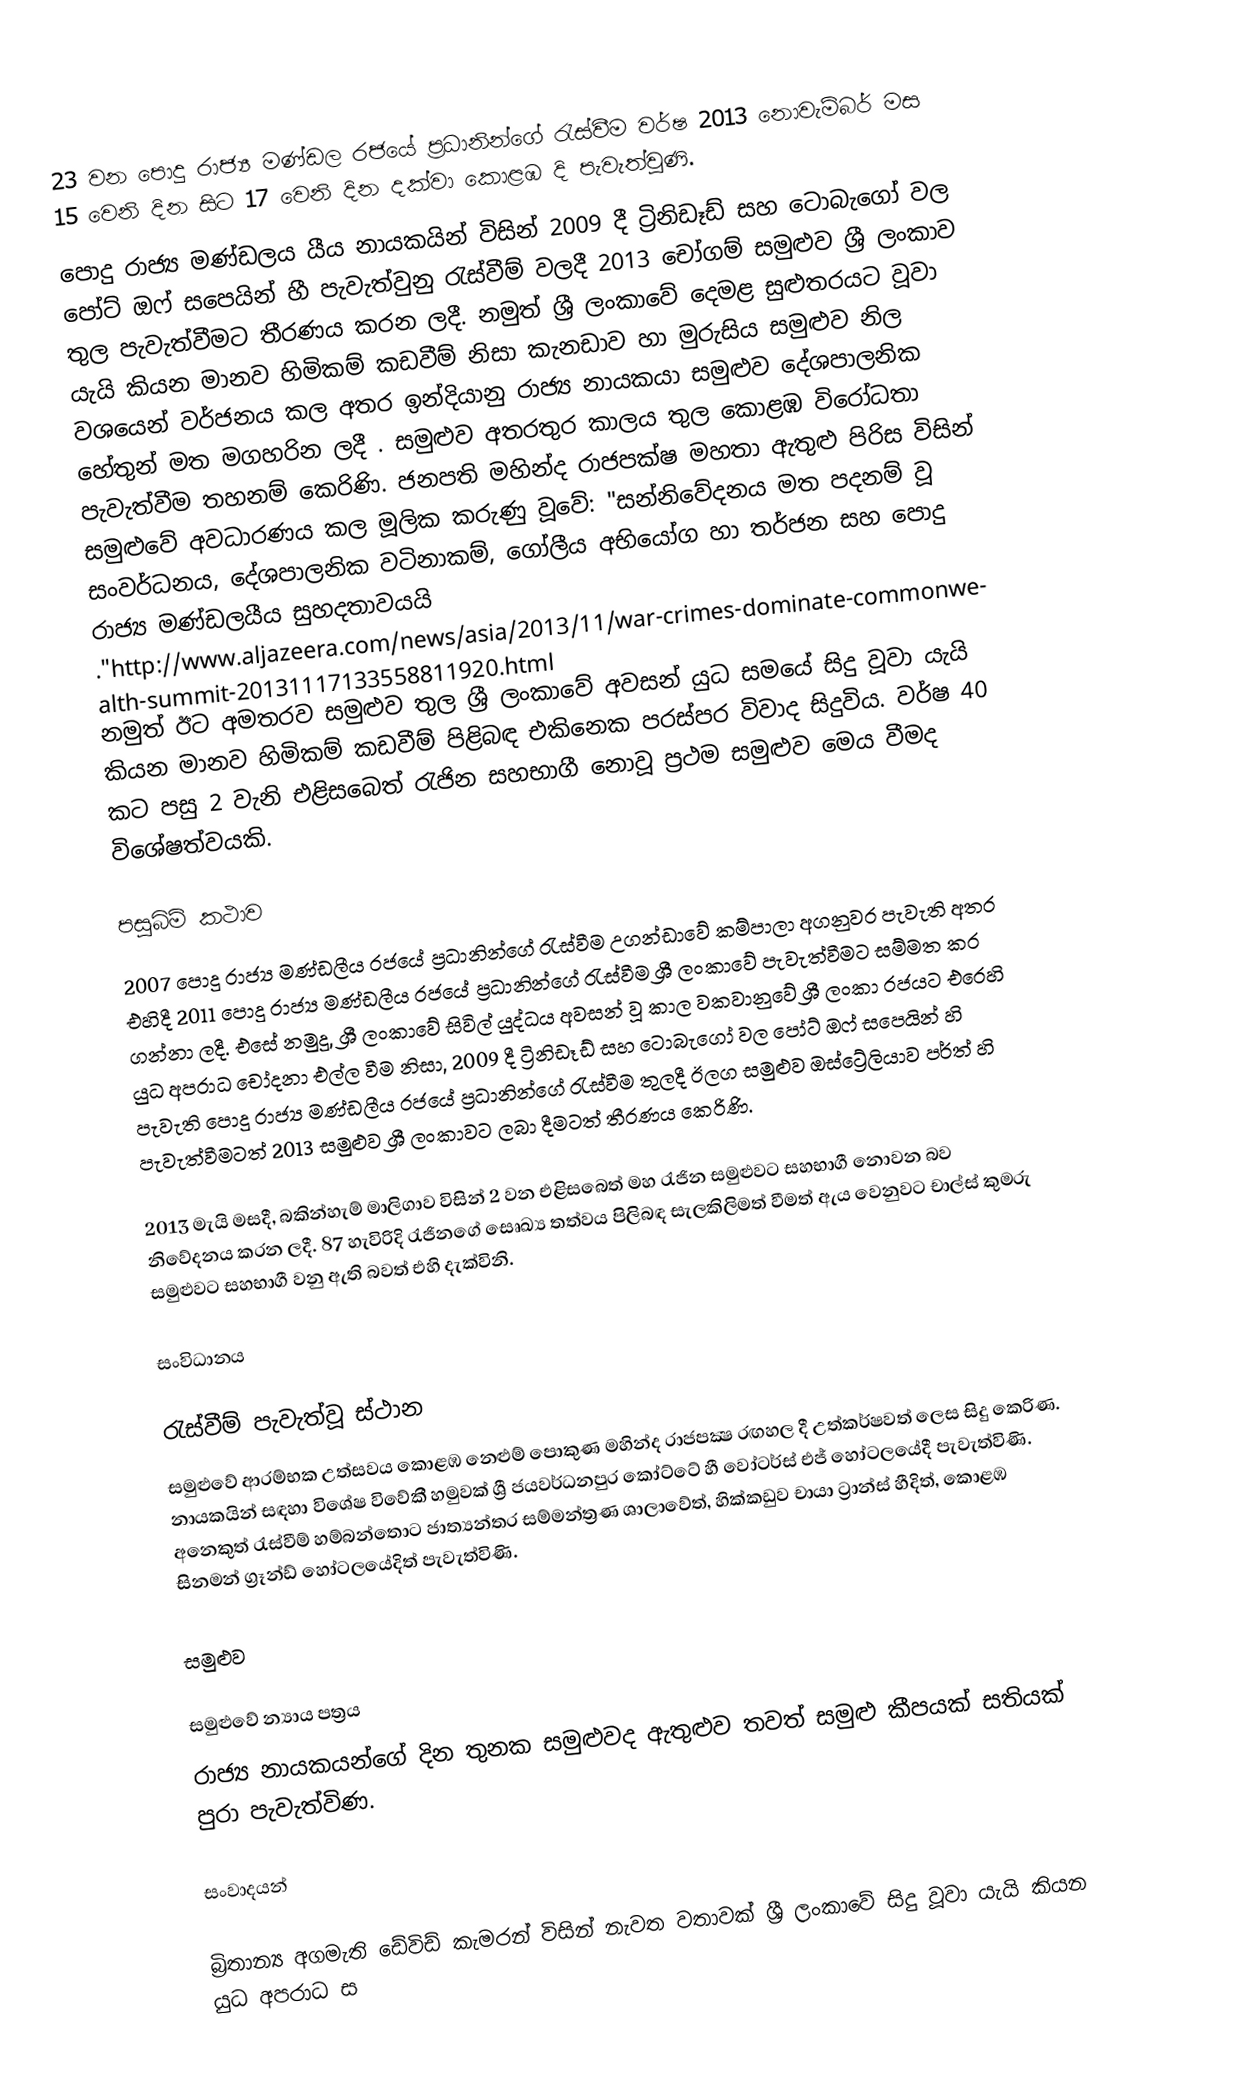
23 වන පොදු රාජ්‍ය මණ්ඩල රජයේ ප්‍රධානින්ගේ රැස්වීම වර්ෂ 2013 නොවැම්බර් මස 15 වෙනි දින සිට 17 වෙනි දින දක්වා කොළඹ දි පැවැත්වුණි.
පොදු රාජ්‍ය මණ්ඩලය යීය නායකයින් විසින් 2009 දී ට්‍රිනිඩෑඩ් සහ ටොබැගෝ වල පෝට් ඔෆ් සපෙයින් හී පැවැත්වුනු රැස්වීම් වලදී 2013 චෝගම් සමුළුව ශ්‍රී ලංකාව තුල පැවැත්වීමට තීරණය කරන ලදී. නමුත් ශ්‍රී ලංකාවේ දෙමළ සුළුතරයට වූවා යැයි කියන මානව හිමිකම් කඩවීම් නිසා කැනඩාව හා මුරුසිය සමුළුව නිල වශයෙන් වර්ජනය කල අතර ඉන්දියානු රාජ්‍ය නායකයා සමුළුව දේශපාලනික හේතුන් මත මගහරින ලදී . සමුළුව අතරතුර කාලය තුල කොළඹ විරෝධතා පැවැත්වීම තහනම් කෙරිණි. ජනපති මහින්ද රාජපක්ෂ මහතා ඇතුළු පිරිස විසින් සමුළුවේ අවධාරණය කල මූලික කරුණු වූවේ: "සන්නිවේදනය මත පදනම් වූ සංවර්ධනය, දේශපාලනික වටිනාකම්, ගෝලීය අභියෝග හා තර්ජන සහ පොදු රාජ්‍ය මණ්ඩලයීය සුහදතාවයයි ."http://www.aljazeera.com/news/asia/2013/11/war-crimes-dominate-commonwealth-summit-20131117133558811920.html නමුත් ඊට අමතරව සමුළුව තුල ශ්‍රී ලංකාවේ අවසන් යුධ සමයේ සිදු වූවා යැයි කියන මානව හිමිකම් කඩවීම් පිළිබඳ එකිනෙක පරස්පර විවාද සිදුවිය. වර්ෂ 40 කට පසු 2 වැනි එළිසබෙත් රැජින සහභාගී නොවූ ප්‍රථම සමුළුව මෙය වීමද විශේෂත්වයකි.

පසුබිම් කථාව
2007 පොදු රාජ්‍ය මණ්ඩලීය රජයේ ප්‍රධානින්ගේ රැස්වීම උගන්ඩාවේ කම්පාලා අගනුවර පැවැති අතර එහිදී 2011 පොදු රාජ්‍ය මණ්ඩලීය රජයේ ප්‍රධානින්ගේ රැස්වීම ශ්‍රී ලංකාවේ පැවැත්වීමට සම්මත කර ගන්නා ලදී. එසේ නමුදු, ශ්‍රී ලංකාවේ සිවිල් යුද්ධය අවසන් වූ කාල වකවානුවේ ශ්‍රී ලංකා රජයට එරෙහි යුධ අපරාධ චෝදනා එල්ල වීම නිසා, 2009 දී  ට්‍රිනිඩෑඩ් සහ ටොබැගෝ වල පෝට් ඔෆ් සපෙයින් හි පැවැති පොදු රාජ්‍ය මණ්ඩලීය රජයේ ප්‍රධානින්ගේ රැස්වීම තුලදී ඊලග සමුළුව ඔස්ට්‍රේලියාව පර්ත් හි පැවැත්වීමටත් 2013 සමුළුව ශ්‍රී ලංකාවට ලබා දීමටත් තීරණය කෙරිණි.

2013 මැයි මසදී, බකින්හැම් මාලිගාව විසින් 2 වන එළිසබෙත් මහ රැජින සමුළුවට සහභාගී නොවන බව නිවේදනය කරන ලදී. 87 හැවිරිදි රැජිනගේ සෙෘඛ්‍ය තත්වය පිලිබඳ සැලකිලිමත් වීමත් ඇය වෙනුවට චාල්ස් කුමරු සමුළුවට සහභාගී වනු ඇති බවත් එහි දැක්විනි.

සංවිධානය

රැස්වීම් පැවැත්වූ ස්ථාන
සමුළුවේ ආරම්භක උත්සවය කොළඹ  නෙළුම් පොකුණ මහින්ද රාජපක්‍ෂ රඟහල දී උත්කර්ෂවත් ලෙස සිදු කෙරිණ. නායකයින් සඳහා විශේෂ විවේකී හමුවක් ශ්‍රී ජයවර්ධනපුර කෝට්ටේ හී වෝටර්ස් එජ් හෝටලයේදී පැවැත්විණි. අනෙකුත් රැස්වීම් හම්බන්තොට ජාත්‍යන්තර සම්මන්ත්‍රණ ශාලාවේත්, හික්කඩුව චායා ට්‍රාන්ස් හීදිත්, කොළඹ සිනමන් ග්‍රෑන්ඩ් හෝටලයේදිත් පැවැත්විණි.

සමුළුව

සමුළුවේ න්‍යාය පත්‍රය
රාජ්‍ය නායකයන්ගේ දින තුනක සමුළුවද ඇතුළුව තවත් සමුළු කීපයක් සතියක් පුරා පැවැත්විණ.

සංවාදයන්

බ්‍රිතාන්‍ය අගමැති ඩේවිඩ් කැමරන් විසින් නැවත වතාවක් ශ්‍රී ලංකාවේ සිදු වූවා යැයි කියන යුධ අපරාධ ස